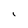
Character: i